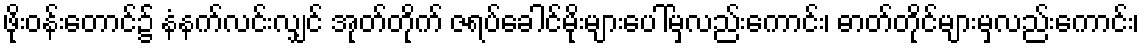
ဖိုးဝန်းတောင်၌ နံနက်လင်းလျှင် အုတ်တိုက် ဇရပ်ခေါင်မိုးများပေါ်မှလည်းကောင်း၊ ဓာတ်တိုင်များမှလည်းကောင်း၊